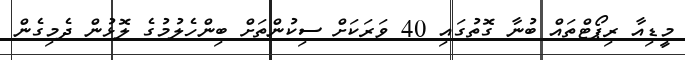
މީޑިއާ ރިޕޯޓްތައް ބުނާ ގޮތުގައި 40 ވަރަކަށް ސިކުންތަށް ބިންހެލުމުގެ ލޮޅުން ދެމިގެން